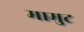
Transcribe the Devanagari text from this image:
मामुट